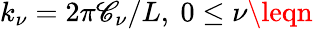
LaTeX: k_{\nu}=2\pi\mathscr{C}_{\nu}/L,\ 0\leq\nu\leqn